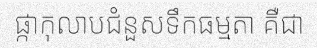
ផ្កាកុលាបជំនួសទឹកធម្មតា គឺជា